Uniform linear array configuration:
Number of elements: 48
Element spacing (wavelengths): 0.75
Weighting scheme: cosine
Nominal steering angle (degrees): -15
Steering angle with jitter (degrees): -16.873
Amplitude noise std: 0.05
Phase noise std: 0.05

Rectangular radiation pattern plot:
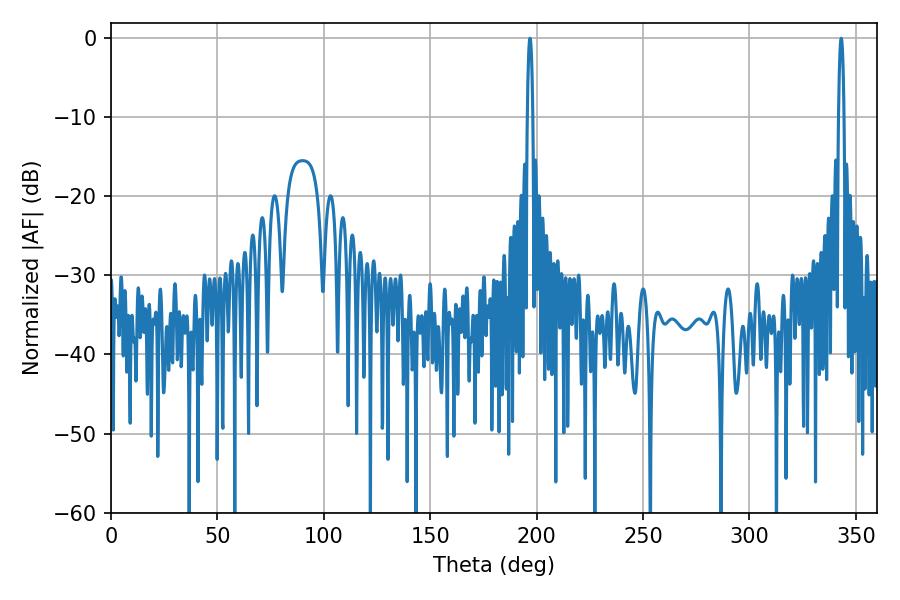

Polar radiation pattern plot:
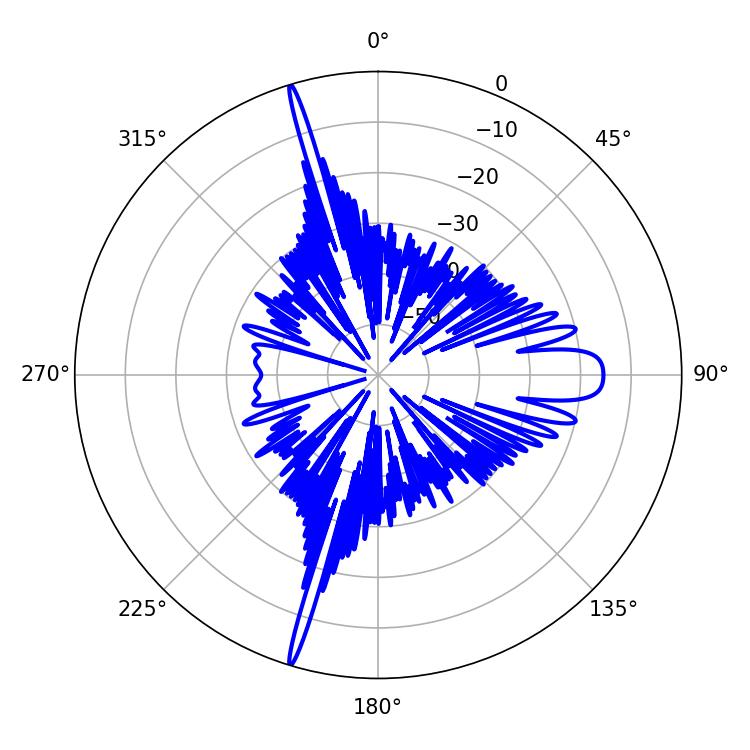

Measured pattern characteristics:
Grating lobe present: TRUE
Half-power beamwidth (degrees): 1.44
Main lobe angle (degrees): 343.08